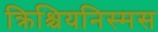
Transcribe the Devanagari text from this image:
क्रिश्चियनिस्मस